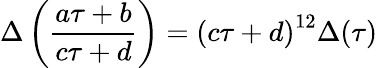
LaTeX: \Delta\left({\frac{a\tau+b}{c\tau+d}}\right)=\left(c\tau+d\right)^{12}\Delta(\tau)